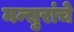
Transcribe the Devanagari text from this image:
मन्सुरांचे